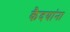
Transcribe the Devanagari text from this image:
कैदयांना